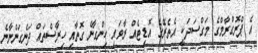
އެ ޕްރޮގްރާމްގެ މަގްސަދަކީ އެތެރޭގެ އޮޑިޓެއް ރާވައި ހިންގާނެ ގޮތާއި ހިރާސްތައް ދަނެގަންނާނެ